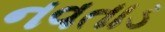
નવતાડ